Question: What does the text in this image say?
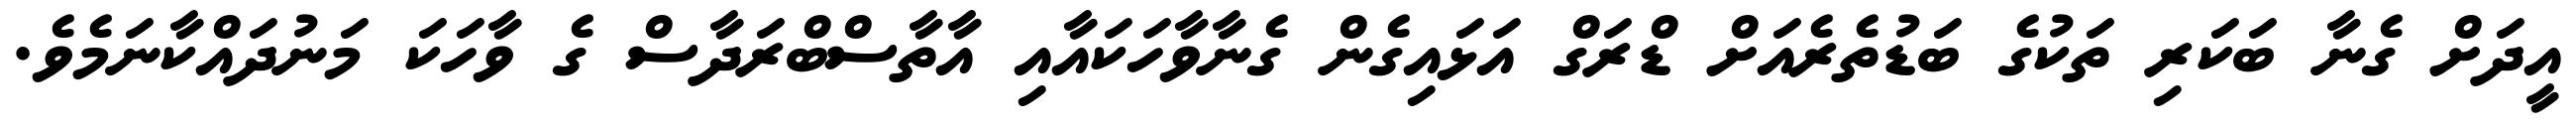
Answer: އީދަށް ގެނާ ބަކަރި ތަކުގެ ބަޑުތެރެއަށް ޑްރަގް އަޅައިގެން ގެނާވާހަކައާއި އާތާސްބްރަދާސް ގެ ވާހަކަ މަނުދައްކާނަމެވެ.